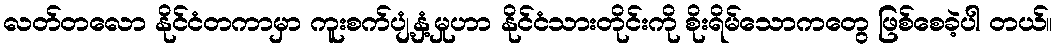
လတ်တလော နိုင်ငံတကာမှာ ကူးစက်ပျံ့နှံ့မှုဟာ နိုင်ငံသားတိုင်းကို စိုးရိမ်သောကတွေ ဖြစ်စေခဲ့ပါ တယ်။